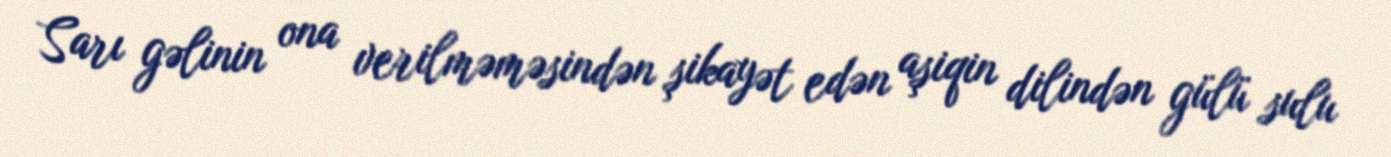
Sarı gəlinin ona verilməməsindən şikayət edən aşiqin dilindən gülü sulu